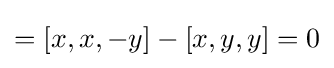
=[x,x,-y]-[x,y,y]=0